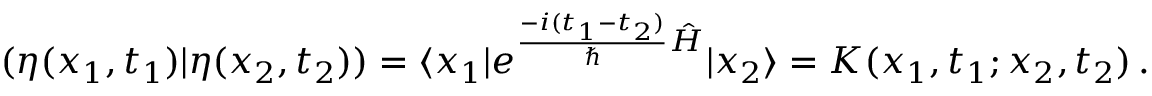
( \eta ( x _ { 1 } , t _ { 1 } ) \vert \eta ( x _ { 2 } , t _ { 2 } ) ) = \langle x _ { 1 } \vert e ^ { \frac { - i ( t _ { 1 } - t _ { 2 } ) } { \hbar } \hat { H } } \vert x _ { 2 } \rangle = K ( x _ { 1 } , t _ { 1 } ; x _ { 2 } , t _ { 2 } ) \, .